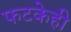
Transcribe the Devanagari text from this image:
फटकेही